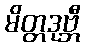
မိတ္တဒုဗ္ဘီ